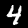
Digit: 4